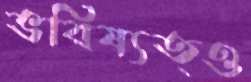
ভবিষ্যত্ও